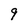
Character: 9